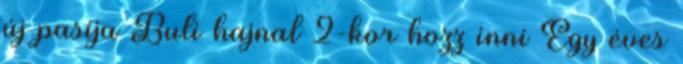
új pasija Buli hajnal 2-kor hozz inni Egy éves